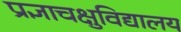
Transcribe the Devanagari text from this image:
प्रज्ञाचक्षुविद्यालय